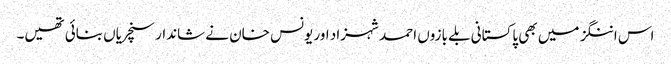
اس اننگز میں بھی پاکستانی بلے بازوں احمد شہزاد اور یونس خان نے شاندار سنچریاں بنائی تھیں۔